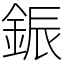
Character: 鋠